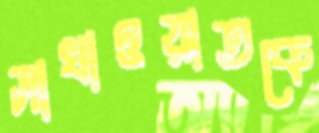
সাখাওয়াতকে